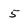
Character: 5